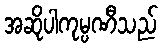
အဆိုပါကုမ္ပဏီသည်